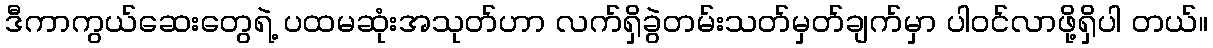
ဒီကာကွယ်ဆေးတွေရဲ့ ပထမဆုံးအသုတ်ဟာ လက်ရှိခွဲတမ်းသတ်မှတ်ချက်မှာ ပါဝင်လာဖို့ရှိပါ တယ်။